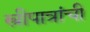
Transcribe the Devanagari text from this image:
स्त्रीपात्रांची